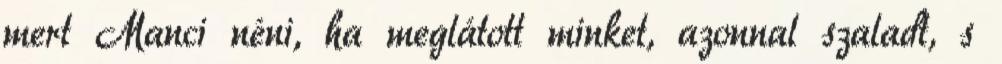
mert Manci néni, ha meglátott minket, azonnal szaladt, s